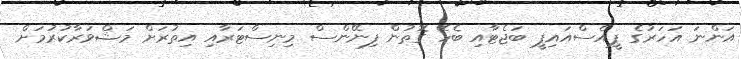
އަންނަ އަހަރުގެ ޕީއެސްއައިޕީ ބަޖެޓާއި ބެހޭ ގޮތުން ފިނޭންސް މިނިސްޓަރާއި އިތުރަށް މަޝްވަރާކުރުމަށް